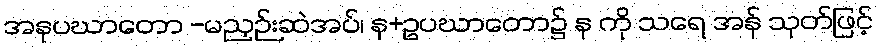
အနုပဃာတော -မညှဉ်းဆဲအပ်၊ န+ဥပဃာတော၌ န ကို သရေ အန် သုတ်ဖြင့်